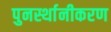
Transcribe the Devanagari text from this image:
पुनर्स्थानीकरण